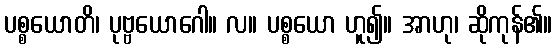
ပစ္စယောတိ၊ ပုဗ္ဗယောဂေါ။ လ။ ပစ္စယော ဟူ၍။ အာဟု၊ ဆိုကုန်၏။